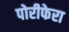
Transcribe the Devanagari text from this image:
पोरीफेरा